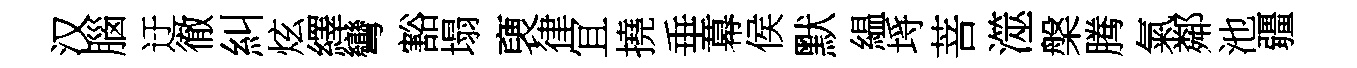
汉腦迂徹糾炫繹彎豁塌褏律冝撓垂幕侯默緼埓菩澨槃腾氣鄰池疆